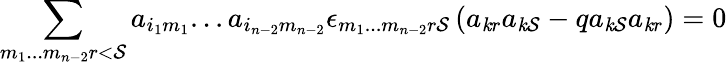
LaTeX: \sum_{m_{1}...m_{n-2}r<\mathcal{S}}a_{i_{1}m_{1}}...a_{i_{n-2}m_{n-2}}\epsilon_{m_{1}...m_{n-2}r\mathcal{S}}\left(a_{\mathit{k}r}a_{\mathit{k}\mathcal{S}}-qa_{\mathit{k}\mathcal{S}}a_{\mathit{k}r}\right)=0